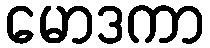
မောဒကာ